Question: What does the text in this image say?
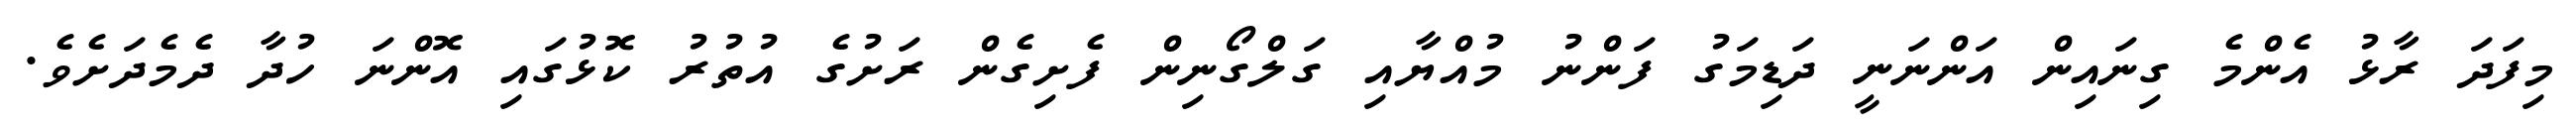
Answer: މިފަދަ ރާޅު އެންމެ ގިނައިން އަންނަނީ ދަޑިމަގު ފަންނު މުއްޔާއި ގަލްގޯނިން ފެށިގެން ރަށުގެ އުތުރު ކޮޅުގައި އޮންނަ ހުދާ ދެމެދަށެވެ.